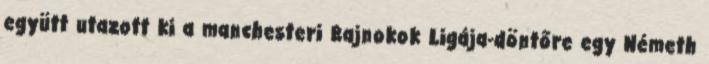
együtt utazott ki a manchesteri Bajnokok Ligája-döntőre egy Németh